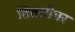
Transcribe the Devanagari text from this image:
तितलीघर